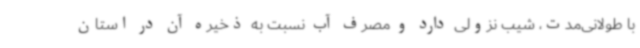
با طولانی‌مدت، شیب نزولی دارد و مصرف آب نسبت به ذخیره آن در استان